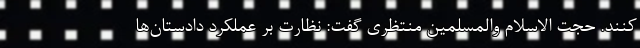
کنند. حجت الاسلام والمسلمین منتظری گفت: نظارت بر عملکرد دادستان‌ها